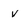
Character: v